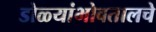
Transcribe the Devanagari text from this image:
डोळ्यांभोवतालचे